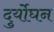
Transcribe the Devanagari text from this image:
दुर्योघन